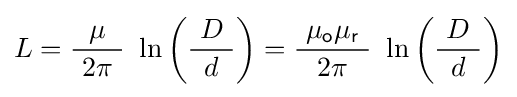
L={\frac {\mu }{\ 2\pi \ }}\ \ln \left({\frac {\ D\ }{d}}\right)={\frac {\ \mu _{\mathsf {o}}\mu _{\mathsf {r}}\ }{2\pi }}\ \ln \left({\frac {\ D\ }{d}}\right)